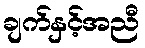
ချက်နှင့်အညီ